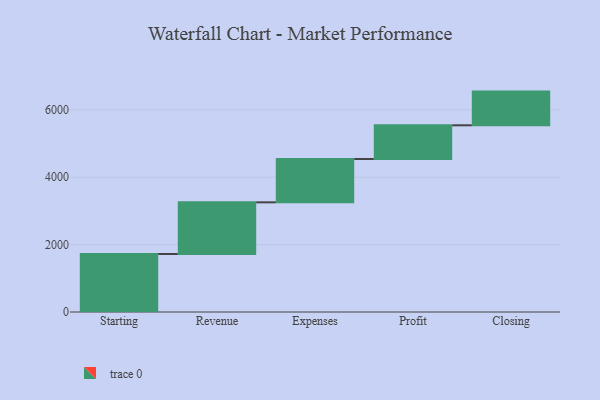
{"axis": {"x": "Step", "y": "Value"}, "legend": [""], "data": [{"x": "Starting", "y": 1721.0, "type": ""}, {"x": "Revenue", "y": 1533.0, "type": ""}, {"x": "Expenses", "y": 1286.0, "type": ""}, {"x": "Profit", "y": 1000, "type": ""}, {"x": "Closing", "y": 1000, "type": ""}]}